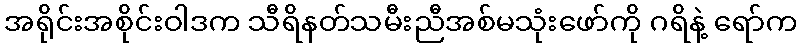
အရိုင်းအစိုင်းဝါဒက သီရိနတ်သမီးညီအစ်မသုံးဖော်ကို ဂရိနဲ့ ရော်က